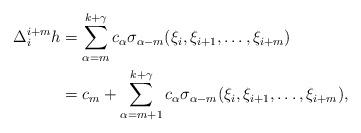
LaTeX: \begin{align*} \Delta_i^{i+m}h&=\sum_{\alpha=m}^{k+\gamma}c_{\alpha}\sigma_{\alpha-m}(\xi_i,\xi_{i+1},\dots,\xi_{i+m})\\&=c_{m}+\sum_{\alpha=m+1}^{k+\gamma}c_{\alpha}\sigma_{\alpha-m}(\xi_i,\xi_{i+1},\dots,\xi_{i+m}), \end{align*}